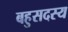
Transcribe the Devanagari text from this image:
बहुसदस्य